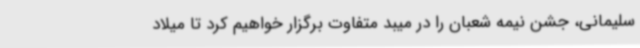
سلیمانی، جشن نیمه شعبان را در میبد متفاوت برگزار خواهیم کرد تا میلاد